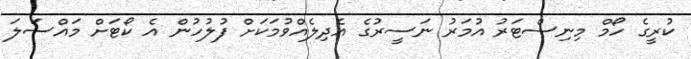
ކުރީގެ ހޯމް މިނިސްޓަރު އުމަރު ނަސީރުގެ އެދިލެއްވުމަކަށް ފުލުހުން އެ ކޯޓަށް މައްސަލަ